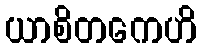
ယာစိတကေဟိ